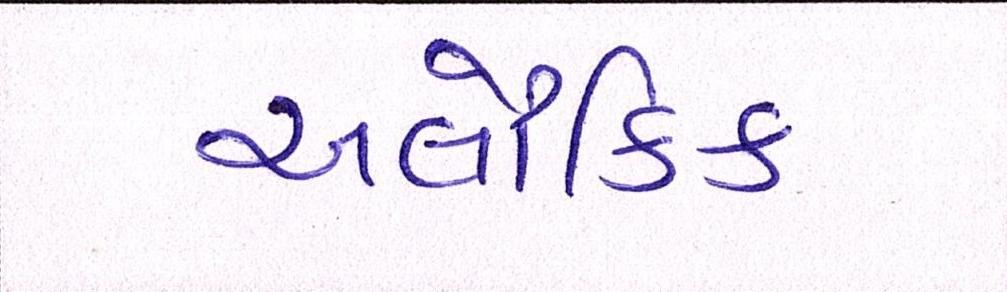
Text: અલૌકિક